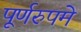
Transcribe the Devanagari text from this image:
पूर्णरुपमे